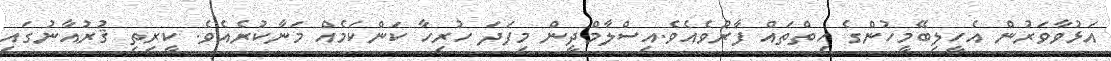
އަޅުވާވަރުން އެހީލިބޭމީހުންގެ ހިތްތައް ފާރުވެއެވެ.އިސްލާމްދީން މިފަދަ ހުރިހާ ކަންކަމެއް މަނާކުރެއެވެ. ކީރިތި ޤުރުއާނުގައި